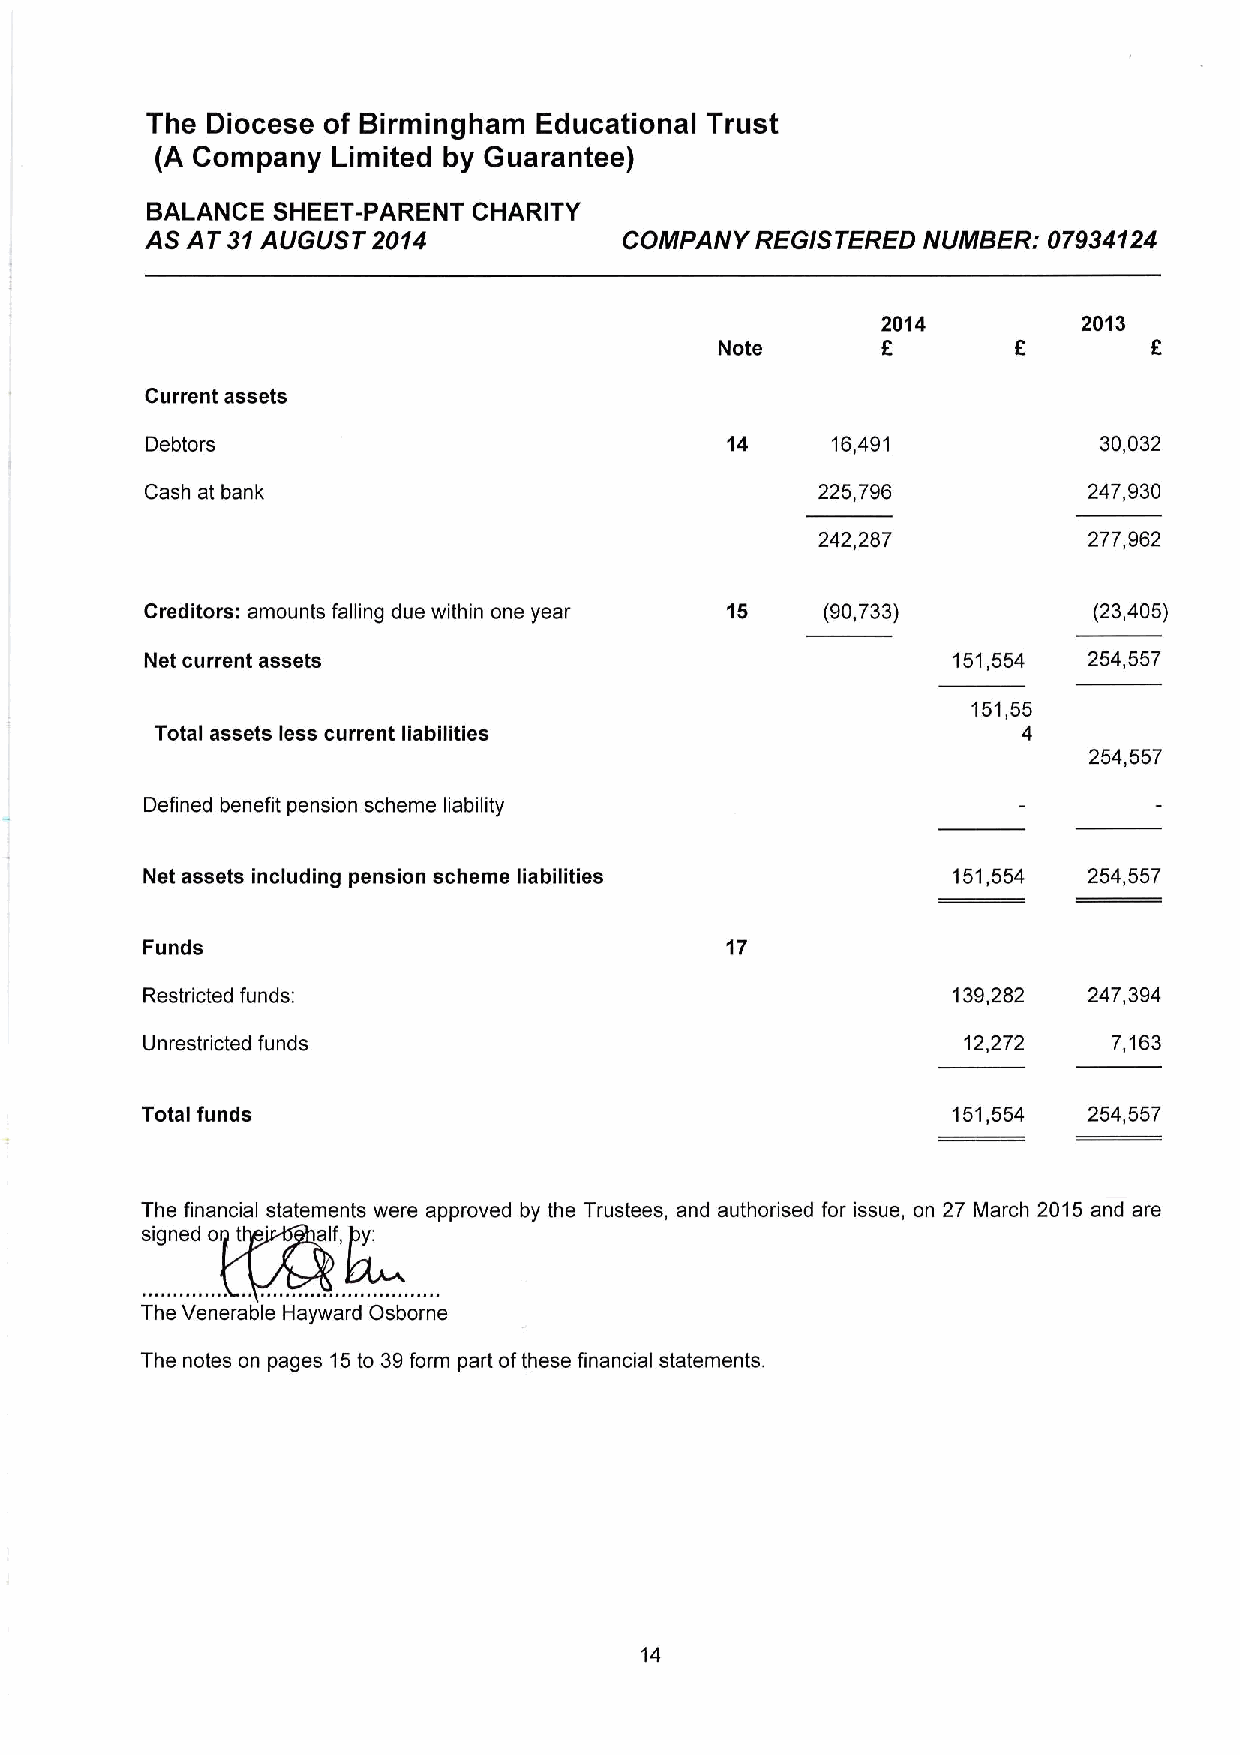
The Diocese of Birmingham Educational Trust
 (A Company  Limited by Guarantee)
 BALANCE SHEET-PARENT CHARITY
 AS AT 31AUGUST 2014            COMPANY  REGISTERED NUMBER: 07934124
 2014          2013
 f
 Note
 Current assets
 Debtors                               14     16,491            30,032
 Cash at bank                                225,796           247,930
 242,287           277,962
 Creditors: amounts falling due within one year 15 (90,733)    (23,405)
 Net current assets                                   151,554  254,557
 151,55
 Total assets less current liabilities                     4
 254,557
 Defined benefit pension scheme liability
 Net assets including pension scheme liabilities       151,554  254,557
 Funds                                  17
 Restricted funds:                                     139,282  247,394
 Unrestricted funds                                     12,272    7,163
 Total funds                                           151,554  254,557
 The financial statements were approved by the Trustees, and authorised for issue, on 27 March 2015 and are
 signed o t ' alf, y:
 The Venerable Hayward Osborne
 The notes on pages 15to 39form part ofthese financial statements.
 14